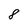
Character: 8